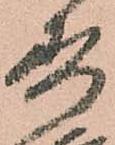
寿